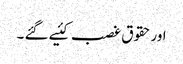
اورحقوق غصب کئیے گئے ۔